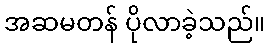
အဆမတန် ပိုလာခဲ့သည်။